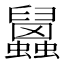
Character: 𧕧